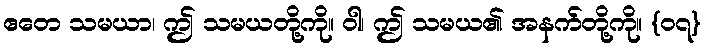
ဧတေ သမယာ၊ ဤ သမယတို့ကို။ ဝါ၊ ဤ သမယ၏ အနက်တို့ကို။ {၀၇}